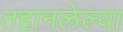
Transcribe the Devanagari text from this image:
तहानलेल्या